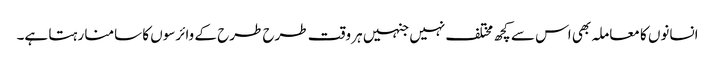
انسانوں کا معاملہ بھی اس سے کچھ مختلف نہیں جنہیں ہر وقت طرح طرح کے وائرسوں کا سامنا رہتا ہے۔